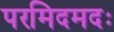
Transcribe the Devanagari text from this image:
परमिदमदः